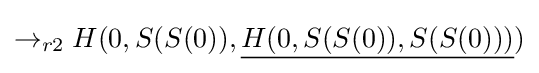
\rightarrow _{r2}H(0,S(S(0)),{\underline {H(0,S(S(0)),S(S(0)))}})